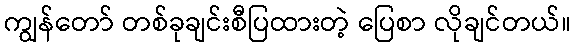
ကျွန်တော် တစ်ခုချင်းစီပြထားတဲ့ ပြေစာ လိုချင်တယ်။